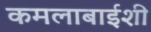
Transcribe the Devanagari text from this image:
कमलाबाईशी